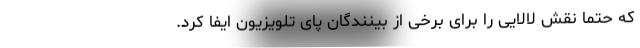
که حتماً نقش لالایی را برای برخی از بینندگان پای تلویزیون ایفا کرد.